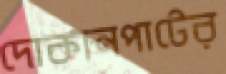
দোকানপাটের